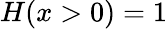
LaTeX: H(x>0)=1